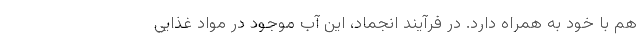
هم با خود به همراه دارد. در فرآیند انجماد، این آب موجود در مواد غذایی